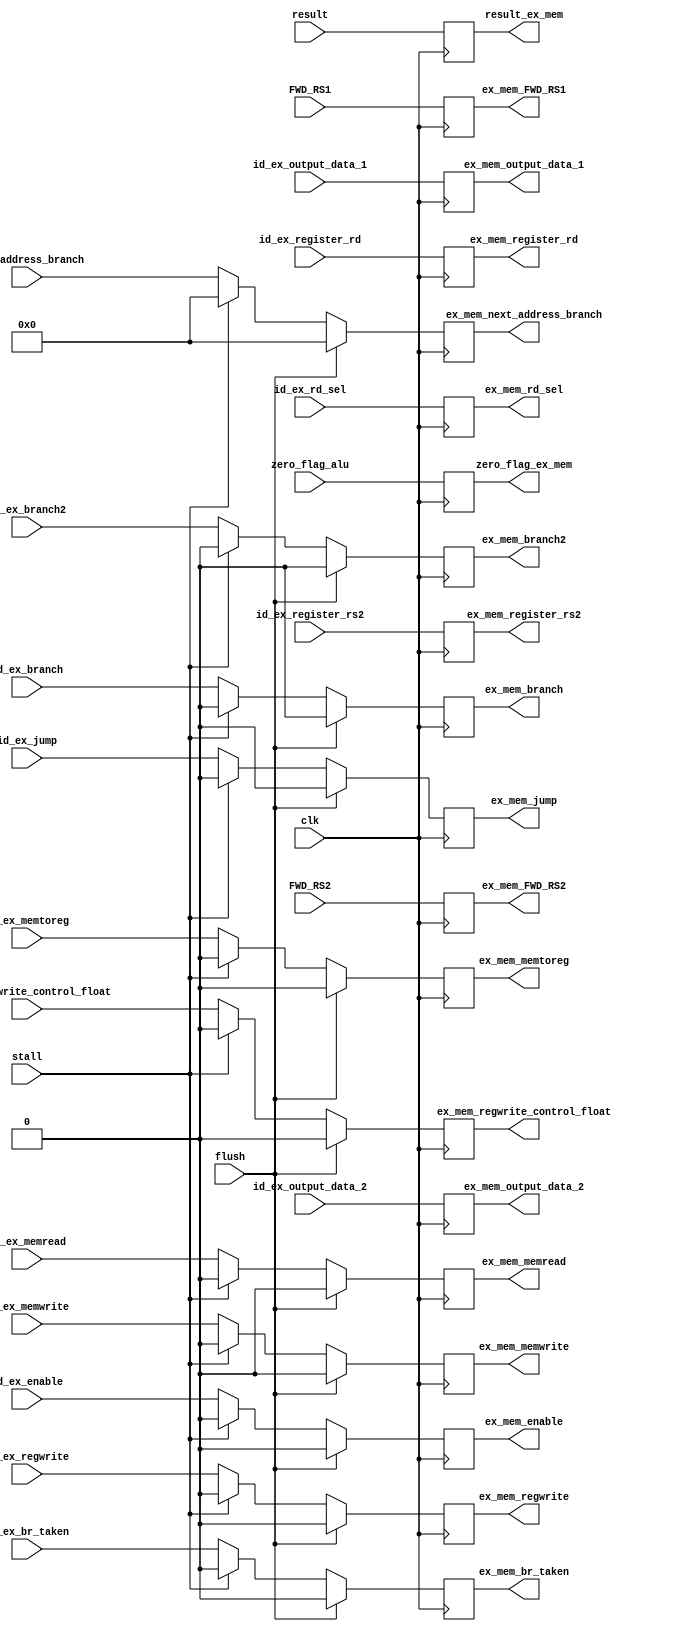
`timescale 1ns / 1ps
//////////////////////////////////////////////////////////////////////////////////
// Company: 
// Engineer: 
// 
// Design Name: 
// Module Name:    ex_mem 
// Project Name: 
// Target Devices: 
// Tool versions: 
// Description: 
//
// Dependencies: 
//
// Revision: 
// Revision 0.01 - File Created
// Additional Comments: 
//
//////////////////////////////////////////////////////////////////////////////////
module ex_mem(id_ex_br_taken, ex_mem_br_taken, flush, id_ex_rd_sel, ex_mem_rd_sel, stall, clk,zero_flag_alu,zero_flag_ex_mem,id_ex_register_rs2,ex_mem_register_rs2,id_ex_register_rd,ex_mem_register_rd,result,result_ex_mem,id_ex_output_data_2,
ex_mem_output_data_2, id_ex_memtoreg,id_ex_regwrite,id_ex_memread,id_ex_memwrite,id_ex_branch,ex_mem_memtoreg,
ex_mem_regwrite,ex_mem_memread,ex_mem_memwrite,ex_mem_branch,ex_mem_next_address_branch, next_address_branch,
id_ex_enable,ex_mem_enable,id_ex_jump, ex_mem_jump,
id_ex_output_data_1,ex_mem_output_data_1,FWD_RS1,FWD_RS2,ex_mem_FWD_RS1, ex_mem_FWD_RS2, id_ex_branch2, ex_mem_branch2, id_ex_regwrite_control_float, ex_mem_regwrite_control_float);
	
	input clk, stall, id_ex_rd_sel, flush, id_ex_br_taken;
	input wire zero_flag_alu;
	input wire id_ex_memtoreg,id_ex_regwrite,id_ex_memread,id_ex_memwrite,id_ex_branch, id_ex_regwrite_control_float;
	input wire [4:0] id_ex_register_rd,  id_ex_register_rs2;
	input wire [31:0] id_ex_output_data_2;
	input wire [31:0] result;
	input wire [31:0] next_address_branch;
	output reg zero_flag_ex_mem;
	output reg [31:0] result_ex_mem;
	output reg [4:0] ex_mem_register_rd,ex_mem_register_rs2;
	output reg [31:0] ex_mem_output_data_2;
	output reg ex_mem_memtoreg,ex_mem_regwrite,ex_mem_memread,ex_mem_memwrite,ex_mem_branch, ex_mem_regwrite_control_float;
	output reg [31:0]ex_mem_next_address_branch;
	input wire id_ex_enable;
	output reg ex_mem_enable;
	input wire id_ex_jump;
	output reg ex_mem_jump;
	input wire [31:0] id_ex_output_data_1;
	output reg [31:0] ex_mem_output_data_1;
	input wire [1:0] FWD_RS1, FWD_RS2;
	output reg [1:0]  ex_mem_FWD_RS1, ex_mem_FWD_RS2;
	input wire id_ex_branch2;
	output reg ex_mem_branch2, ex_mem_rd_sel, ex_mem_br_taken;
	
always @(posedge clk)
		begin
		if(flush) begin
		zero_flag_ex_mem<=zero_flag_alu;
		result_ex_mem<=result;
		ex_mem_register_rd<=id_ex_register_rd;
		ex_mem_output_data_2<= id_ex_output_data_2;
		ex_mem_memtoreg<=0;
		ex_mem_regwrite<=0;
		ex_mem_memread<=0;
		ex_mem_memwrite<=0;
		ex_mem_branch<=0;
		ex_mem_next_address_branch<= 0;
		ex_mem_enable <= 0;
		ex_mem_jump <= 0;
		ex_mem_output_data_1 <= id_ex_output_data_1;
		ex_mem_register_rs2<=id_ex_register_rs2;
		ex_mem_FWD_RS1 <= FWD_RS1;
		ex_mem_FWD_RS2<=FWD_RS2;
		ex_mem_branch2 <= 0;
		ex_mem_regwrite_control_float <= 0;
		ex_mem_rd_sel <= id_ex_rd_sel;
		ex_mem_br_taken <= 0;
		end
		else begin
		if(stall) begin
		zero_flag_ex_mem<=zero_flag_alu;
		result_ex_mem<=result;
		ex_mem_register_rd<=id_ex_register_rd;
		ex_mem_output_data_2<= id_ex_output_data_2;
		ex_mem_memtoreg<=0;
		ex_mem_regwrite<=0;
		ex_mem_memread<=0;
		ex_mem_memwrite<=0;
		ex_mem_branch<=0;
		ex_mem_next_address_branch<= 0;
		ex_mem_enable <= 0;
		ex_mem_jump <= 0;
		ex_mem_output_data_1 <= id_ex_output_data_1;
		ex_mem_register_rs2<=id_ex_register_rs2;
		ex_mem_FWD_RS1 <= FWD_RS1;
		ex_mem_FWD_RS2<=FWD_RS2;
		ex_mem_branch2 <= 0;
		ex_mem_regwrite_control_float <= 0;
		ex_mem_rd_sel <= id_ex_rd_sel;
		ex_mem_br_taken <= 0;
		end
		else begin
		zero_flag_ex_mem<=zero_flag_alu;
		result_ex_mem<=result;
		ex_mem_register_rd<=id_ex_register_rd;
		ex_mem_output_data_2<= id_ex_output_data_2;
		ex_mem_memtoreg<=id_ex_memtoreg;
		ex_mem_regwrite<=id_ex_regwrite;
		ex_mem_memread<=id_ex_memread;
		ex_mem_memwrite<=id_ex_memwrite;
		ex_mem_branch<=id_ex_branch;
		ex_mem_next_address_branch<= next_address_branch;
		ex_mem_enable <= id_ex_enable;
		ex_mem_jump <= id_ex_jump;
		ex_mem_output_data_1 <= id_ex_output_data_1;
		ex_mem_register_rs2<=id_ex_register_rs2;
		ex_mem_FWD_RS1 <= FWD_RS1;
		 ex_mem_FWD_RS2<=FWD_RS2;
		  ex_mem_branch2 <=  id_ex_branch2;
		  ex_mem_regwrite_control_float <= id_ex_regwrite_control_float;
		  ex_mem_rd_sel <= id_ex_rd_sel;
		  ex_mem_br_taken <= id_ex_br_taken;
		end
        end
        end
endmodule